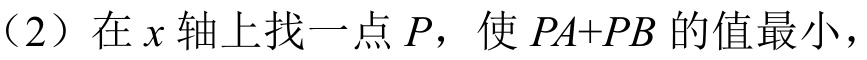
（2）在\(x\)轴上找一点\(P\)，使\(PA + PB\)的值最小，